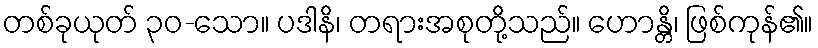
တစ်ခုယုတ် ၃၀-သော။ ပဒါနိ၊ တရားအစုတို့သည်။ ဟောန္တိ၊ ဖြစ်ကုန်၏။